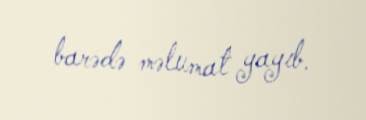
barədə məlumat yayıb.